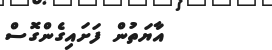
އާޔަތުން ފަށައިގެންގޮސް